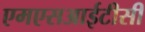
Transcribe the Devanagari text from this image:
एमएसआईटीसी